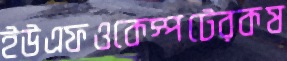
ইউএফওকেস্পটেরকষ